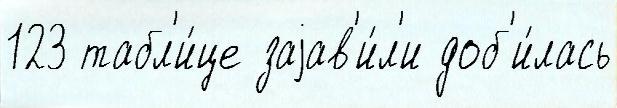
123 табл'и́це заjав'и́л'и доб'и́лась